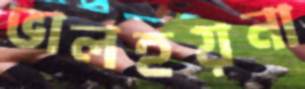
ভালহয়না